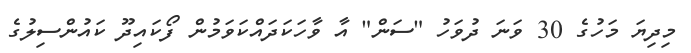
މިދިޔަ މަހުގެ 30 ވަނަ ދުވަހު "ސަން" އާ ވާހަކަދައްކަވަމުން ފޯކައިދޫ ކައުންސިލުގެ